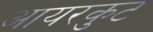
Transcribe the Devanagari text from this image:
आयरकुट